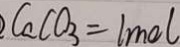
C a C O _ { 3 } = l m o l